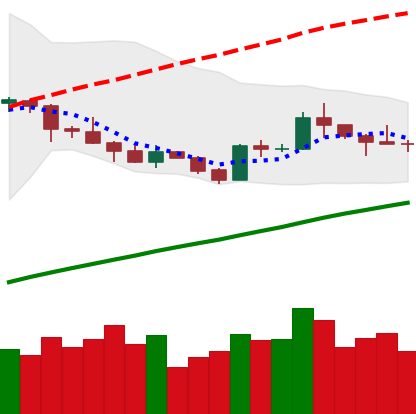
Ticker: LTC-USD
Chart end date: 2019-05-08
Forward return: 18.008%
Label: up_7plus